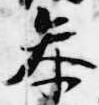
参